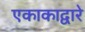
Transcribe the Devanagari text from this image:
एकाकाद्वारे